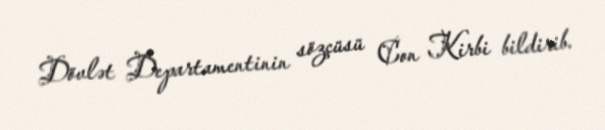
Dövlət Departamentinin sözçüsü Con Kirbi bildirib.